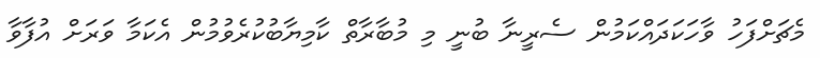
މެޗަށްފަހު ވާހަކަދައްކަމުން ސެރީނާ ބުނީ މި މުބާރާތް ކާމިޔާބުކުރެވުމުން އެކަމާ ވަރަށް އުފާވާ